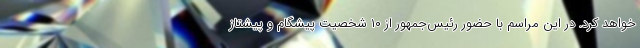
خواهد کرد. در این مراسم با حضور رئیس‌جمهور از ۱۰ شخصیت پیشگام و پیشتاز